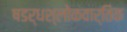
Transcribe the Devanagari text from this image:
षडर्धश्लोकवार्तिक